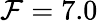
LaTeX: \mathcal{F}=7.0